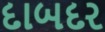
દાબદર